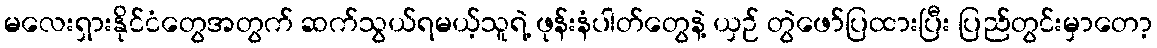
မလေးရှားနိုင်ငံတွေအတွက် ဆက်သွယ်ရမယ့်သူရဲ့ ဖုန်းနံပါတ်တွေနဲ့ ယှဉ် တွဲဖော်ပြထားပြီး ပြည်တွင်းမှာတော့